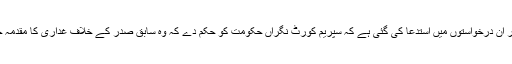
عدالت عظمٰی میں دائر ان درخواستوں میں استدعا کی گئی ہے کہ سپریم کورٹ نگراں حکومت کو حکم دے کہ وہ سابق صدر کے خلاف غداری کا مقدمہ چلانے کا آغاز کرے۔